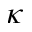
\kappa